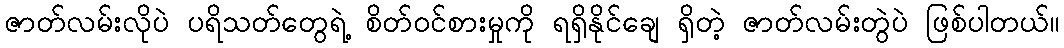
ဇာတ်လမ်းလိုပဲ ပရိသတ်တွေရဲ့ စိတ်ဝင်စားမှုကို ရရှိနိုင်ချေ ရှိတဲ့ ဇာတ်လမ်းတွဲပဲ ဖြစ်ပါတယ်။